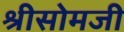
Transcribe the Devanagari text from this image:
श्रीसोमजी